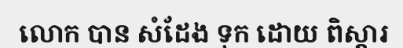
លោក បាន សំដែង ទុក ដោយ ពិស្តារ